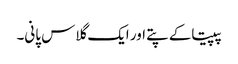
پپیتاکے پتے اور ایک گلاس پانی۔